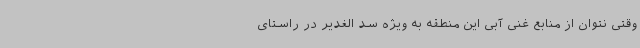
وقتی نتوان از منابع غنی آبی این منطقه به ویژه سد الغدیر در راستای